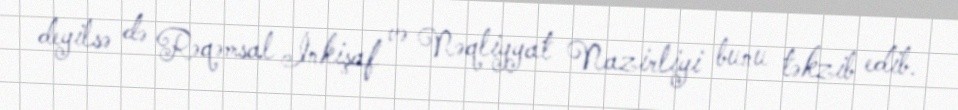
deyilsə də Rəqəmsal İnkişaf və Nəqliyyat Nazirliyi bunu təkzib edib.